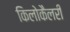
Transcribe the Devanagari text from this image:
किलोकैलरी